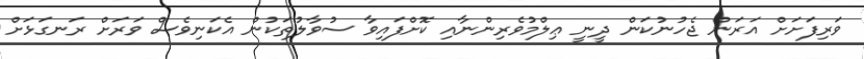
ވަރިފަށަށް އަރަން ޖެހުނުކަން ދީނީ ޢިލްމުވެރިންނާއި ކޮށްފައިވާ ސުވާލުތަކުން އެކަނިވެސް ވަރަށް ރަނގަޅަށް